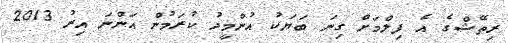
ރިތޭޝްގެ އެ ފިލްމަށް ގިނަ ބަޔަކު އުންމީދު ކުރަމުން އަންނަ އިރު 2013